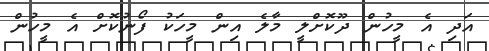
އަދި އެ މީހުން ދޫކޮށްލީ މާލެ އިން މީހަކު ފޯނުކޮށް އެ މީހުން